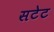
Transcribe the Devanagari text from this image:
सटेट